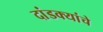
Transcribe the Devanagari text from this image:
दांडक्यांचे